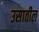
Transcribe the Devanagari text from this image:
उसातील